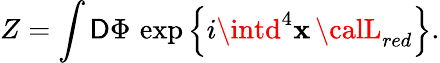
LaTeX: Z=\int{\cal\mathsf{D}}\Phi\, \exp\left\{ i\intd^{4}\mathbf{x}\, {\calL}_{red}\right\} .